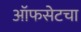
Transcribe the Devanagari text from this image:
ऑफसेटचा